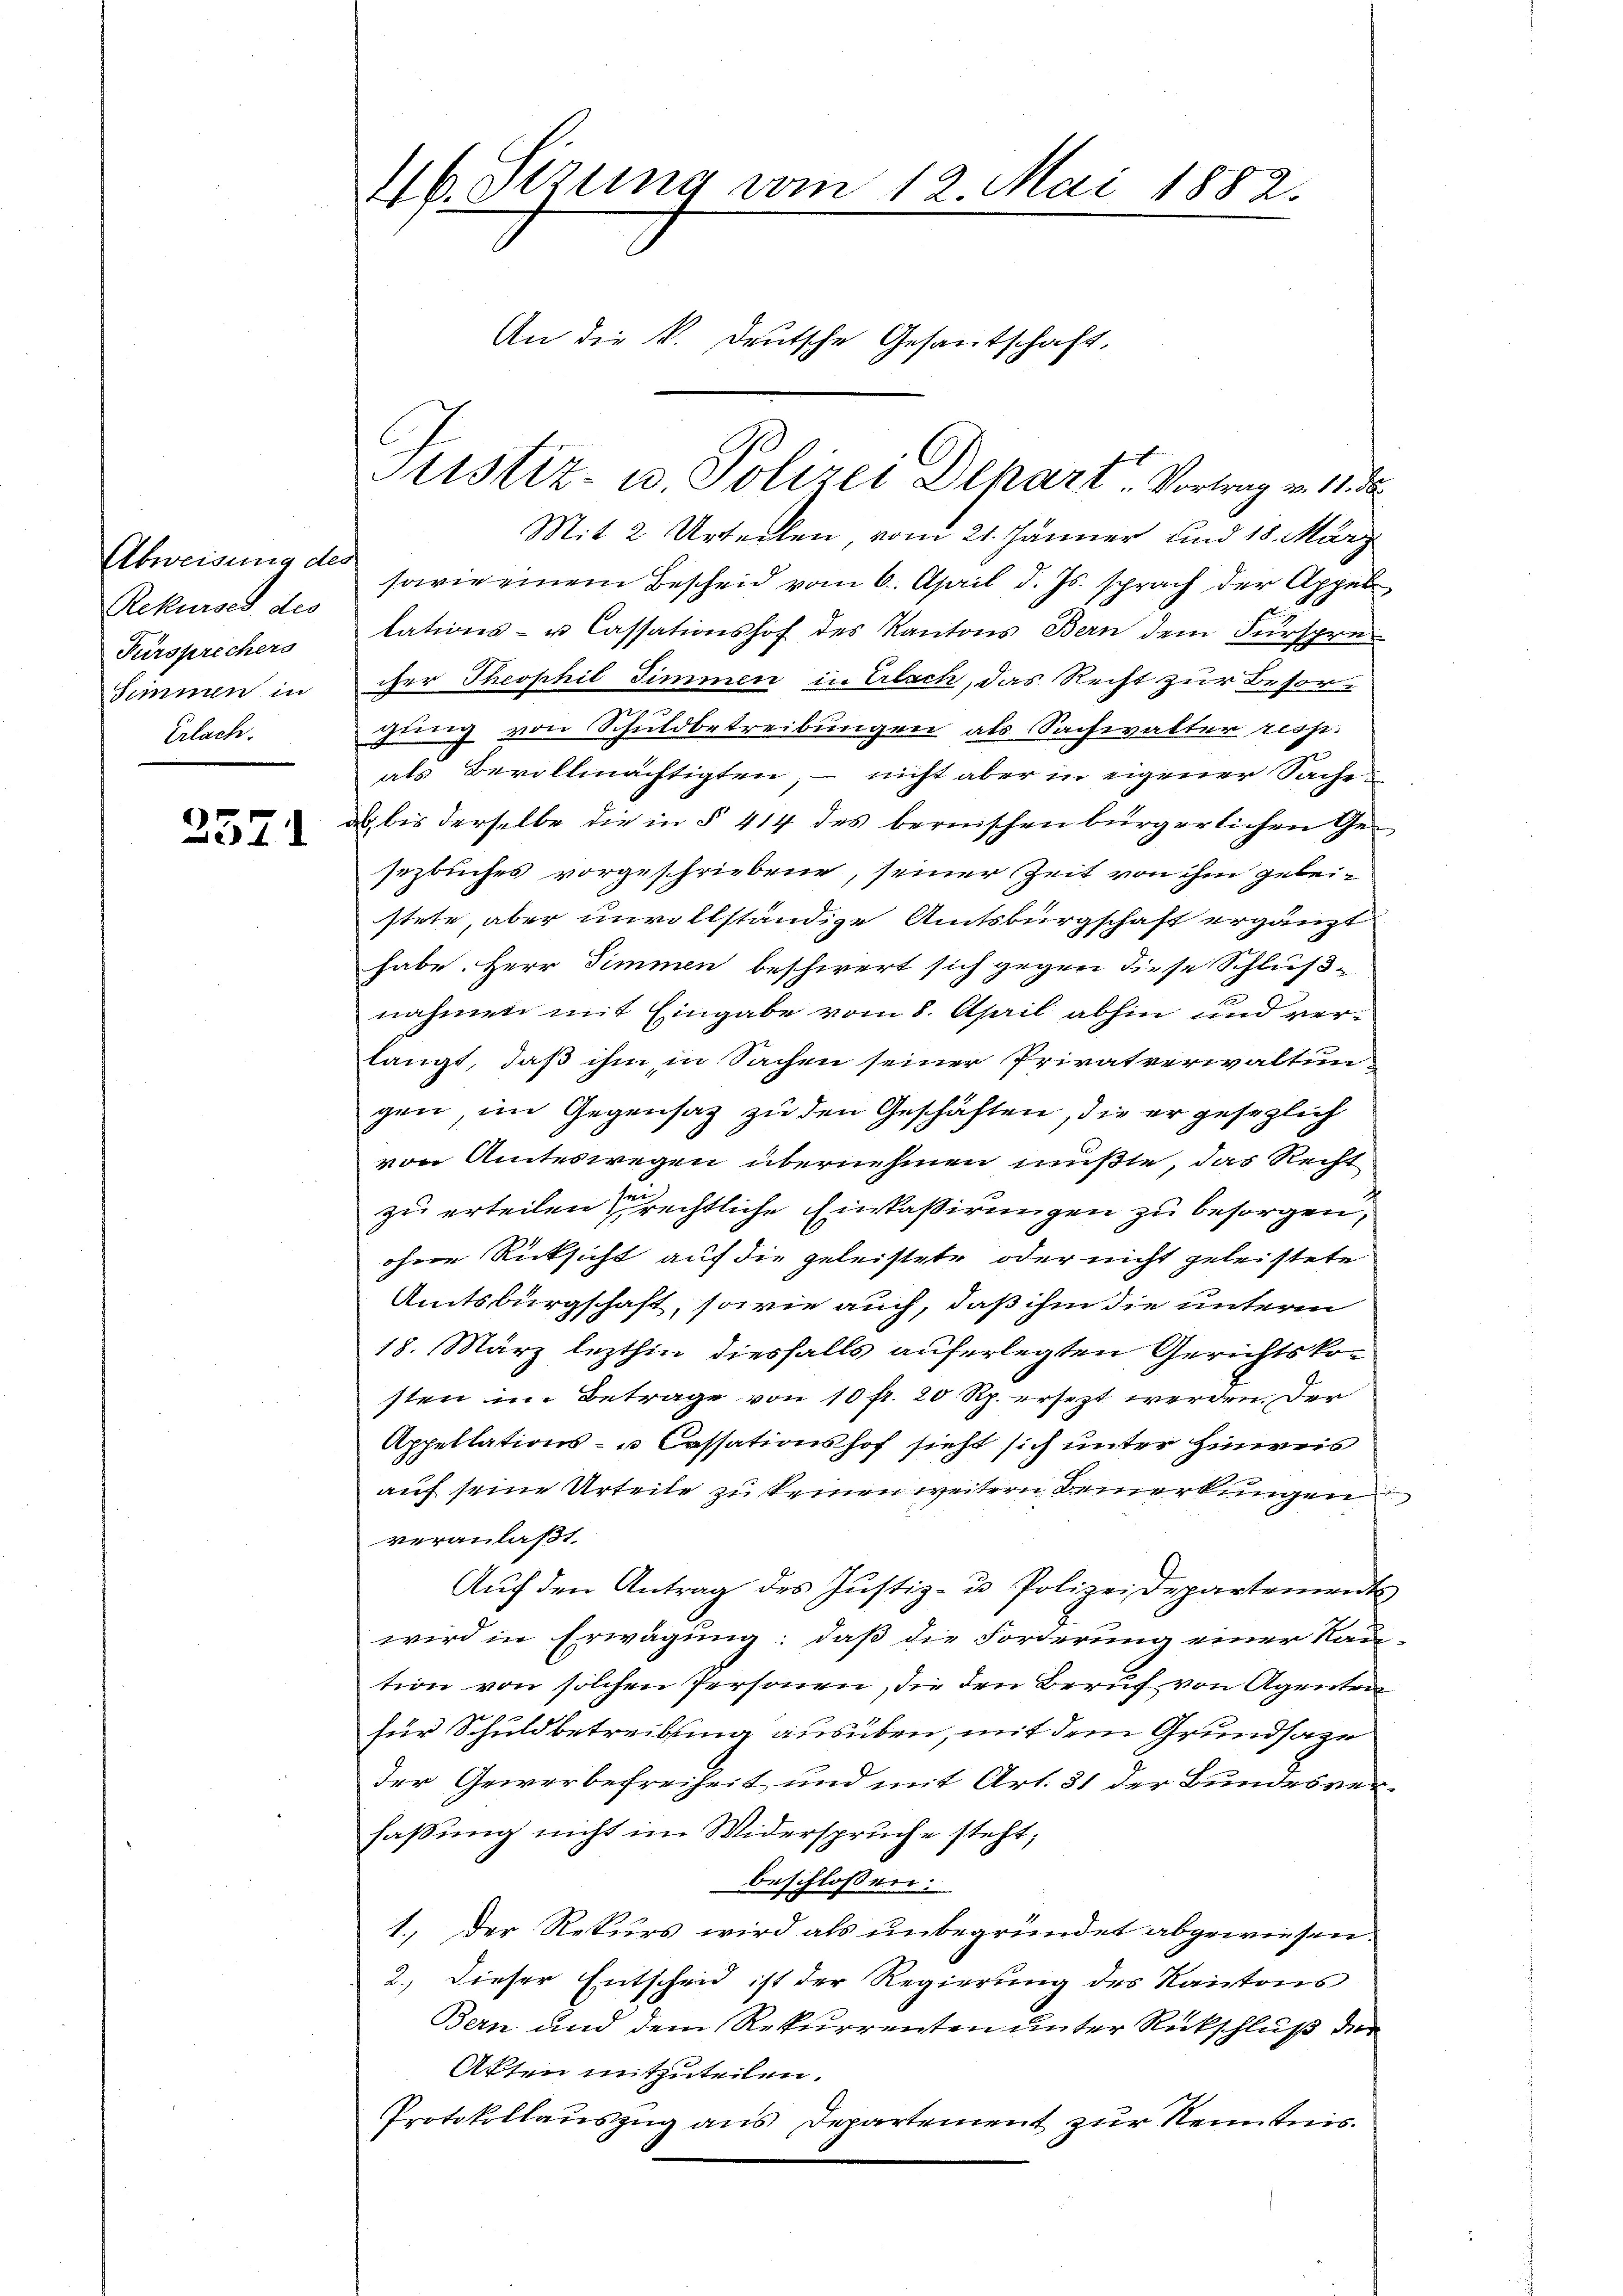
Rekurses des
Fürsprechers
Simmen in
Erlach.

2571

46. Stzung vom 12. Mai 1882.
An die k. Deutsche Gesantschaft.

Mit 2 Urteilen vom 21. Jänner und 18. März
Abweisung des sowie einem Bescheid vom 6. April d. Js. sprach der Appel-
tations- u. Cassationshof des Kantons Bern dem Fürspre
cher Theophil Simmen in Erlach, das Recht zur Besorgung von Schuldbetreibungen als Sachwalter resp.
als Bevollmächtigten, – nicht aber in eigener Sache
a bis derselbe die in § 414 des bernischen bürgerlichen Gesezbuches vorgeschriebene, seiner Zeit von ihm geleistete, aber unvollständige Amtsbürgschaft ergänzt
habe. Herr Simmen beschwert sich gegen diese Schlußnahmen mit Eingabe vom 8. April abhin und verlangt, daß ihm in Sachen seiner Privatverwaltun
gen, im Gegensatz zu den Geschäften, die er gesezlich
von Amteswegen übernehmen mußte, das Recht
zu erteilen rechtliche Eintaßirungen zu besorgen,
ohne Rücksicht auf die geleistete oder nicht geleistete
Amtsbürgschaft, sowie auch, daß ihm die unterm
18. März lezthin diesfalls auferlegten Gerichtskosten in Betrage von 10 fr. 20 Rp. ersezt werden. Der
Appellations- u. Cassationshof sieht sich unter Hinweis
auf seine Urteile zu keinen weitern Bemerkungen
veranlaßt.
Aŭf den Antrag des Justiz- u. Polizeidepartement
wird in Erwägung; daß die Forderung einer Rau
tion von solchen Personen, die den Beruf von Agentra
für Schuldbetreibung ausüben, mit dem Grundsaze
der Gewerbefreiheit und mit Art. 31 der Bundesverfaßung nicht im Widerspruche steht;
beschlossen:
1.) Der Rekurs wird als unbegründet abgewiesen.
2., dieser Entscheid ist der Regierung des Kantons
Bern und dem Rekurrenten unter Rückschluß der
Akten mitzuteilen.
Protokollauszug aus Departement zur Kenntnis.

Justiz- u. Polizei Depart Vortrag v. 18